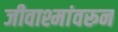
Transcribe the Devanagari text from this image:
जीवाश्मांवरून